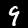
Digit: 9